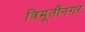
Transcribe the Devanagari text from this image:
त्रिमूर्तीनगर